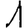
Digit: 1